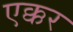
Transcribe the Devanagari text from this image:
एक्कर